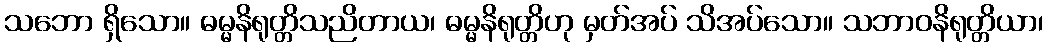
သဘော ရှိသော။ ဓမ္မနိရုတ္တိသညိတာယ၊ ဓမ္မနိရုတ္တိဟု မှတ်အပ် သိအပ်သော။ သဘာဝနိရုတ္တိယာ၊